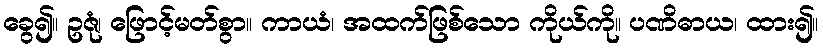
ခွေ၍။ ဥဇုံ၊ ဖြောင့်မတ်စွာ။ ကာယံ၊ အထက်ဖြစ်သော ကိုယ်ကို။ ပဏိဓာယ၊ ထား၍။